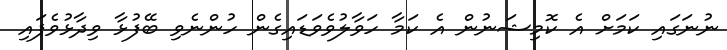
ނުނަގައި ކަމަށް އެ ކޮމިޝަނުން އެ ކަމާ ހަވާލުވެވަޑައިގެން ހުންނެވި ބޭފުޅާ ވިދާޅުވެފައި